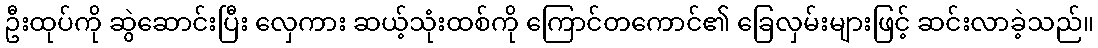
ဦးထုပ်ကို ဆွဲဆောင်းပြီး လှေကား ဆယ့်သုံးထစ်ကို ကြောင်တကောင်၏ ခြေလှမ်းများဖြင့် ဆင်းလာခဲ့သည်။